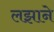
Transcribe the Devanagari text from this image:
लझाने